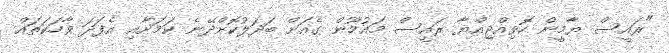
"ރައީސް ޔާމީން ހޮވިއްޖިއްޔާ ރައީސް މައުމޫން ގެއަށް ބަދަލުކޮށްދޭނެ ކަމަށާއި އެފަދަ ވާހަކަތައް